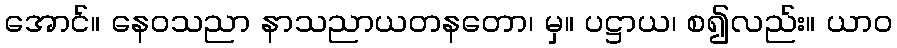
အောင်။ နေဝသညာ နာသညာယတနတော၊ မှ။ ပဋ္ဌာယ၊ စ၍လည်း။ ယာဝ